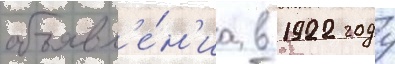
объявл'е́н'иа в 1922 году